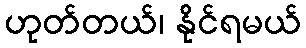
ဟုတ်တယ်၊ နိုင်ရမယ်